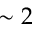
\sim 2